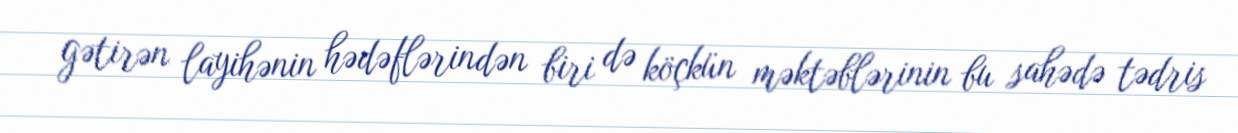
gətirən layihənin hədəflərindən biri də köçkün məktəblərinin bu sahədə tədris